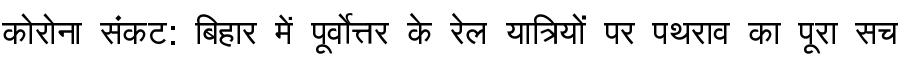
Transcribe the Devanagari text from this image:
कोरोना संकट: बिहार में पूर्वोत्तर के रेल यात्रियों पर पथराव का पूरा सच